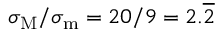
\sigma _ { \mathrm { M } } / \sigma _ { \mathrm { m } } = 2 0 / 9 = 2 . \overline { { 2 } }